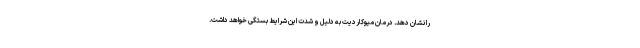
را نشان دهد. درمان میوکاردیت به دلیل و شدت این شرایط بستگی خواهد داشت.